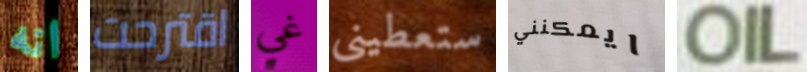
انه اقترحت غي ستعطيني ايمكنني OIL